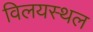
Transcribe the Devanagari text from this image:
विलयस्थल